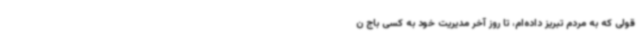
قولی که به مردم تبریز داده‌ام، تا روز آخر مدیریت خود به کسی باج ن